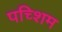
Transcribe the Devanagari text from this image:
पच्शिम